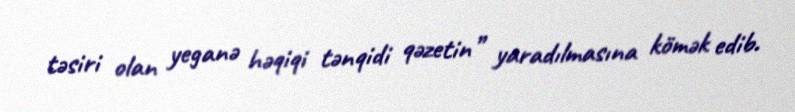
təsiri olan yeganə həqiqi tənqidi qəzetin” yaradılmasına kömək edib.